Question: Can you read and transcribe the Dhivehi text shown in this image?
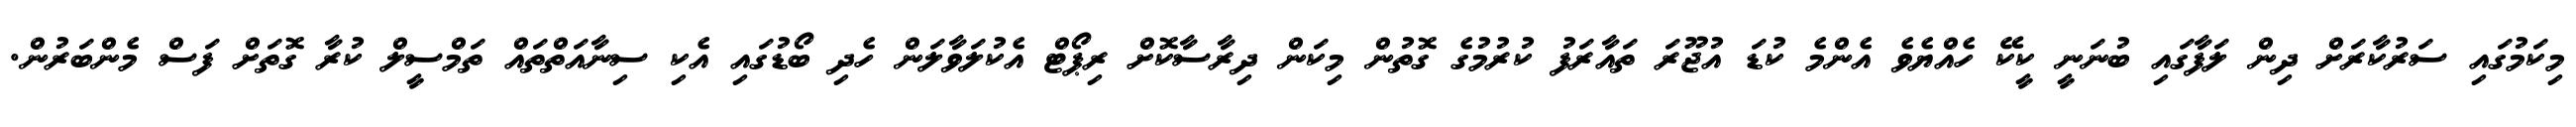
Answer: މިކަމުގައި ސަރުކާރަށް ދިން ލަފާގައި ބުނަނީ ކީކޭ ހެއްޔެވެ އެންމެ ކުޑަ އުޖޫރަ ތައާރަފު ކުރުމުގެ ގޮތުން މިކަން ދިރާސާކޮށް ރިޕޯޓް އެކުލަވާލަން ހެދި ބޯޑުގައި އެކި ސިނާއަތްތައް ތަމްސީލް ކުރާ ގޮތަށް ފަސް މެންބަރުން.